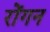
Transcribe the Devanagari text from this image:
रोंगन